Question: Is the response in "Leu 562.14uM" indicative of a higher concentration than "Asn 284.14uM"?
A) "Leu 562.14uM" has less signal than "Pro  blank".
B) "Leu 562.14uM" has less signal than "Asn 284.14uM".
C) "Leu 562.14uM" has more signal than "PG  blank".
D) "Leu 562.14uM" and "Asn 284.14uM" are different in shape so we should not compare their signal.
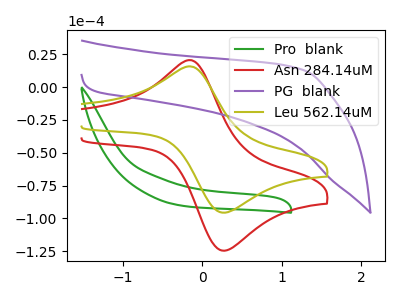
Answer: <think>The green curve "Pro  blank" has no peaks. The red curve "Asn 284.14uM" has an anodic peak at (-0.15V, 20.55uA) and a cathodic peak at (0.30V, -124.15uA). The purple curve "PG  blank" has no peaks. The olive curve "Leu 562.14uM" has an anodic peak at (-0.15V, 15.75uA) and a cathodic peak at (0.30V, -95.35uA).
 All the peaks in "Leu 562.14uM" have a peak in "Asn 284.14uM" at the same potential. Every peak in "Leu 562.14uM" is lower than every peak in "Asn 284.14uM".</think>
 <answer>B) "Leu 562.14uM" has less signal than "Asn 284.14uM".</answer>
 <eval>B</eval>